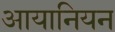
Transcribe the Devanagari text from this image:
आयानियन